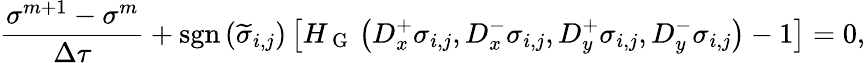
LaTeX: \frac{\sigma^{m+1}-\sigma^{m}}{\Delta\tau}+\textrm{sgn}\left(\widetilde{\sigma}_{i,j}\right)\left[H_{\mathrm{~G~}}\left(D_{x}^{+}\sigma_{i,j},D_{x}^{-}\sigma_{i,j},D_{y}^{+}\sigma_{i,j},D_{y}^{-}\sigma_{i,j}\right)-1\right]=0,